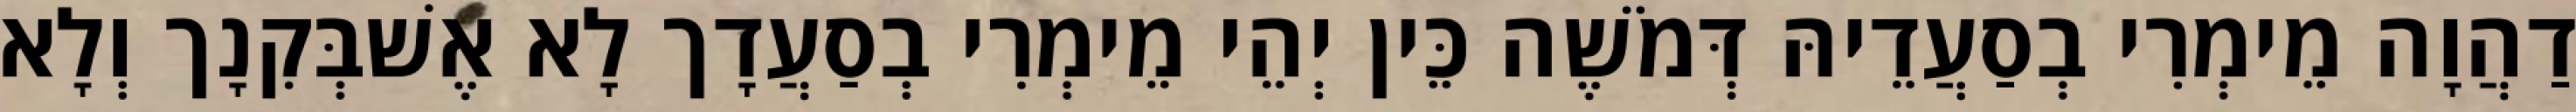
דַהֲוָה מֵימְרִי בְסַעֲדֵיהּ דְּמֹשֶׁה כֵּין יְהֵי מֵימְרִי בְסַעֲדָך לָא אֶשׁבְּקִנָך וְלָא